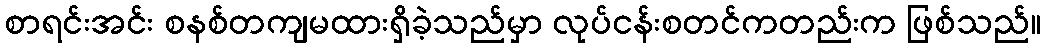
စာရင်းအင်း စနစ်တကျမထားရှိခဲ့သည်မှာ လုပ်ငန်းစတင်ကတည်းက ဖြစ်သည်။